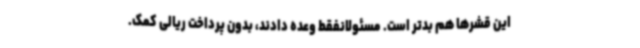
این قشرها هم بدتر است. مسئولانفقط وعده دادند، بدون پرداخت ریالی کمک.